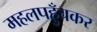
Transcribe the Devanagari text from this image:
महलपहुँचकर